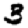
Digit: 3